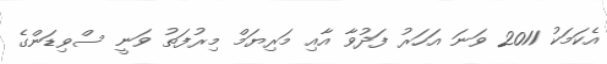
އެކަމަކު 2011 ވަނަ އަހަރު ފަދުވާ އާއި މަރިޔަމް މިރުފަތު ވަނީ ސްވިޑަންގެ